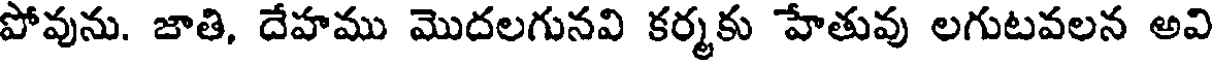
పోవును. జాతి, దేహము మొదలగునవి కర్మకు హేతువు లగుటవలన అవి